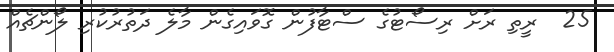
25  ރީތި ރަށް ރިސޯޓުގެ ސްޓާފުން ގޮވައިގެން މާލެ ދަތުރުކުރި ލޯންޗެއް